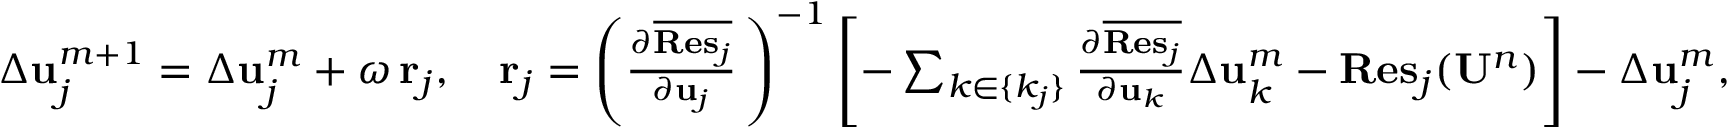
\begin{array} { r } { \Delta { \bf u } _ { j } ^ { m + 1 } = \Delta { \bf u } _ { j } ^ { m } + \omega \, { \bf r } _ { j } , \quad { \bf r } _ { j } = \left( \frac { \partial \overline { { { \bf { R e s } } _ { j } } } } { \partial { \bf u } _ { j } } \, \right) ^ { - 1 } \left[ - \sum _ { k \in \{ k _ { j } \} } \frac { \partial \overline { { { \bf { R e s } } _ { j } } } } { \partial { \bf u } _ { k } } \Delta { \bf u } _ { k } ^ { m } - { \bf R e s } _ { j } ( { \bf U } ^ { n } ) \right] - \Delta { \bf u } _ { j } ^ { m } , } \end{array}